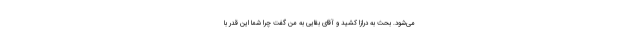
می‌شود. بحث به درازا کشید و آقای بقایی به من گفت چرا شما این قدر با